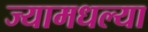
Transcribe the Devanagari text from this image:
ज्यामधल्या